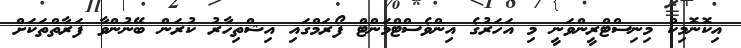
އިކޮނޮމިކް މިނިސްޓްރީންވަނީ މި އަހަރުގެ އިންވެސްޓްމަންޓް ފޯރަމްގައި އިޝްތިހާރު ކުރަން ބޭނުންވާ ފަރާތްތަކަށް